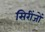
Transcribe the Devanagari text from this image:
सिरींजों